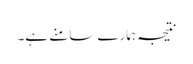
نتیجہ ہمارے سامنے ہے۔